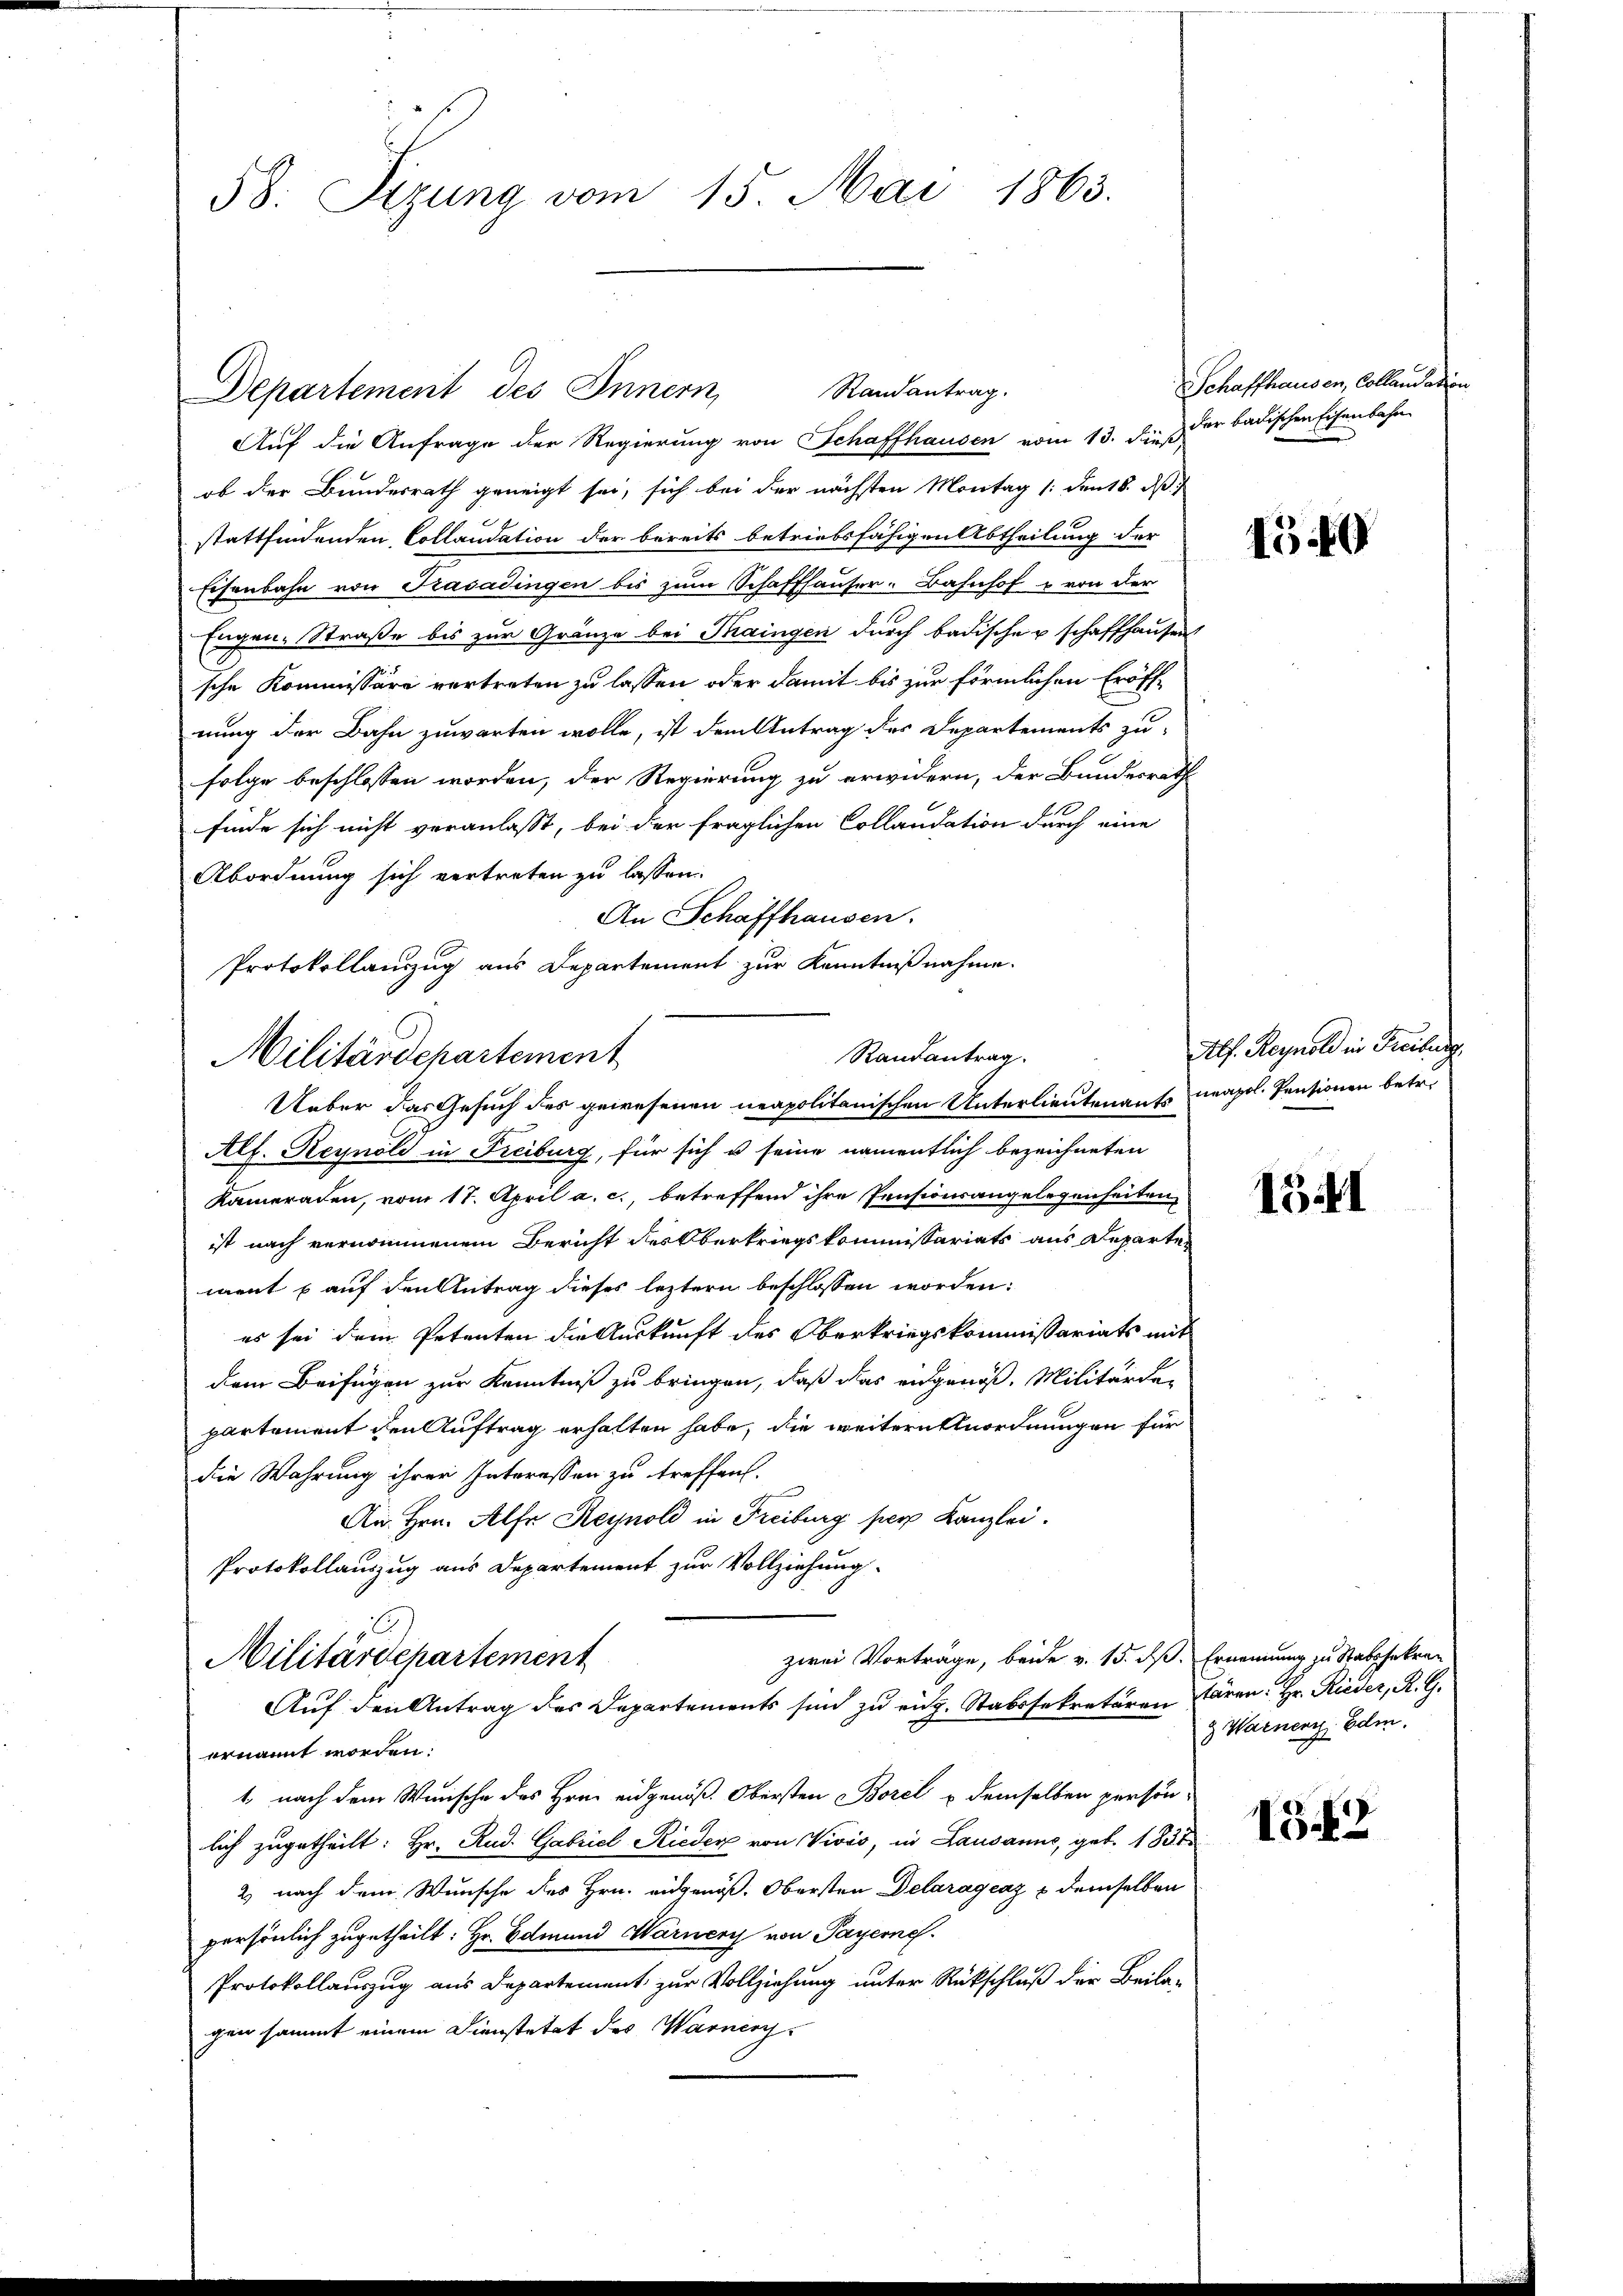
58. Sizung vom 15. Mai 1863.

Departement des Innern, Randantrag.

Auf die Anfrage der Regierung von Schaffhausen vom 13. dieß,
ob der Bundesrath geneigt sei, sich bei der nächsten Montag (dent 8. ds
stattfindenden Collaudation der bereits betriebsfähigen Abtheilung der
Eisenbahn von Trasadingen bis zum Schaffhauser-Bahnhof & von der
Engen-Straße bis zur Gränze bei Thaingen durch badischerschaffhausen
sche Kommissäre vertreten zu lassen oder damit bis zur förmlichen Eröffnung der Bahn zuwarten wolle, ist dem Antrag des Departements zu
folge beschlossen worden, der Regierung zu erwidern, der Bundesrath
finde sich nicht veranlaßt, bei der fraglichen Collaudation durch eine
Abordnung sich vertreten zu lassen.
An Schaffhausen.
Protokollauszug aus Departement zur Kenntnißnahme.
Alf. Reynold in Freiburg, für sich u seine namentlich bezeichneten
Kameraden, vom 17. April a. c., betreffend ihre Pensionsangelegenheiten
ist nach vernommenem Bericht des Oberkriegskommissariats aus Departewent p auf den Antrag dieses leztern beschlossen worden:
es sei dem Petenten die Auskunft des Oberkriegskommissariats mit
dem Beifügen zur Kenntniß zu bringen, daß das eidgenöß. Militärdepartement den Auftrag erhalten habe, die weitern nordnungen für
die Wahrung ihrer Interessen zu treffen.
An Hrn. Alfr Reynold in Freiburg per Kanzlei.
Protokollauszug aus Departement zur Vollziehung
zwei Vorträge, beide v. 15. dß. Ernennung zu Stabsfahren
Militärdepartement
Auf den Antrag des Departements sind zu eng. Stabssekretären wären. Hr. Rieder, R. G.
ernannt worden.
1. nach dem Wunsche des Hrnn eidgenöß. Obersten Borel & demselben persön-
lich zugetheilt: Hr. Rud. Gabriel Rieder von Vivis, in Lausanne, geb. 1831
2) nach dem Wunsche des Hrn. eidgenöß. Obersten Delaragcaz & demselben
persönlich zugetheilt: Hr. Edmund Warnery von Payerne
Protokollauszug aus Departement zur Vollziehung unter Rückschluß der Beilagen sammt einem Dienstetet des Warnery

Randantrag.
Militärdepartement
Ueber das Gesuch des gewesenen neapolitanischen Unterlieutenants neapol. Pensionen betr.

Schaffhausen, Collandation
der badischen Eisenbahn

4540

Plf. Reynold in Freiburg

1341

& Warner Edi

13.42